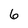
Character: 6